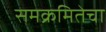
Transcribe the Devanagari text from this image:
समक्रमितेचा